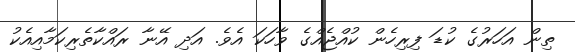
ތިން އަހަރުގެ ކުޑަ ފިރިހެން ކުއްޖެއްގެ ވާހަކަ އެވެ. އަދި އޭނާ ރައްކާތެރިކަމާއިއެކު